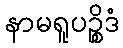
နာမရူပဉ္စိဒံ